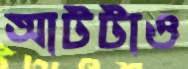
আটটাও